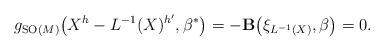
LaTeX: \begin{gather*}g_{{\rm SO}(M)}\big(X^h-L^{-1}(X)^{h'},\beta^{\ast}\big)=-{\bf B}\big(\xi_{L^{-1}(X)},\beta\big)=0.\end{gather*}